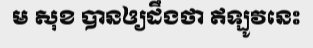
ម សុខ បានឲ្យដឹងថា ឥឡូវនេះ